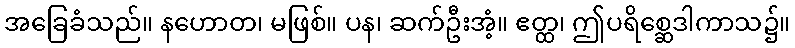
အခြေခံသည်။ နဟောတ၊ မဖြစ်။ ပန၊ ဆက်ဦးအံ့။ ဧတ္ထ၊ ဤပရိစ္ဆေဒါကာသ၌။